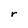
Character: r